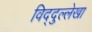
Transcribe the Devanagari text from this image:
विद्दुल्लेखा